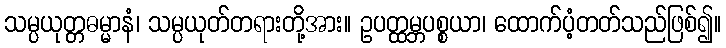
သမ္ပယုတ္တဓမ္မာနံ၊ သမ္ပယုတ်တရားတို့အား။ ဥပတ္ထမ္ဘပစ္စယာ၊ ထောက်ပံ့တတ်သည်ဖြစ်၍။